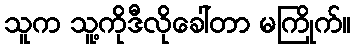
သူက သူ့ကိုဒီလိုခေါ်တာ မကြိုက်။